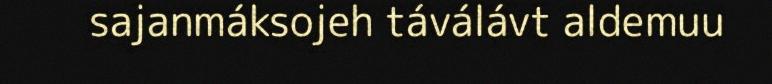
sajanmáksojeh táválávt aldemuu